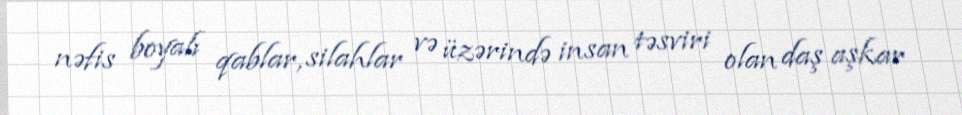
nəfis boyalı qablar, silahlar və üzərində insan təsviri olan daş aşkar